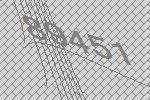
89451